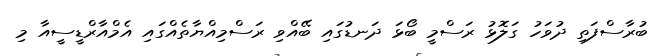
ބުރާސްފަތި ދުވަހު ގަލޮޅު ރަސްމީ ބޯޅަ ދަނޑުގައި ބޭއްވި ރަސްމިއްޔާތެއްގައި އެމްއާރްޑީސީއާ މި